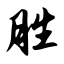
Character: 胜